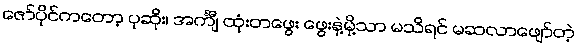
ဇော်ပိုင်ကတော့ ပုဆိုး၊ အင်္ကျီ ထုံးတဖွေး ဖွေးနဲ့မို့သာ မသိရင် မဆလာဖျော်တဲ့